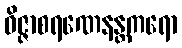
ဝိဇ္ဇာစရဏေနန္တကရော